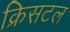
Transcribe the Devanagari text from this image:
क्रिसटल